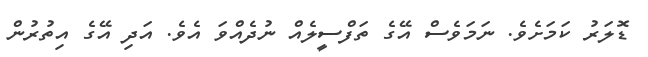
ޑޮލަރު ކަމަށެވެ. ނަމަވެސް އޭގެ ތަފްސީލެއް ނުދެއްވަ އެވެ. އަދި އޭގެ އިތުރުން